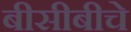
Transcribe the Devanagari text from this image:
बीसीबीचे